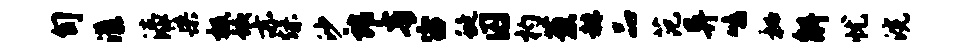
旬漾漆染极蛟亦燥沙郎青宙蜒囚杓葱赫品范异鸣秘斛忧浣